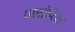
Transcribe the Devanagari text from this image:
फ्लोरिश